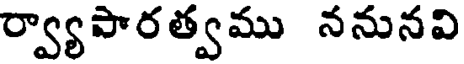
ర్వ్యాపారత్వము ననునవి